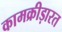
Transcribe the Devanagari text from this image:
कामक्रीड़ारत